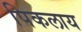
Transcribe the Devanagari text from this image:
पिकलाय